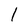
Character: 1